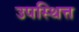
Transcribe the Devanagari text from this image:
उपस्थित्त